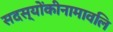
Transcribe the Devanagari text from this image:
सदस्योंकीनामावलि